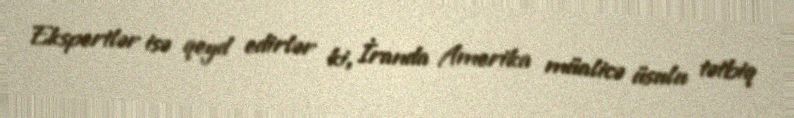
Ekspertlər isə qeyd edirlər ki, İranda Amerika müalicə üsulu tətbiq